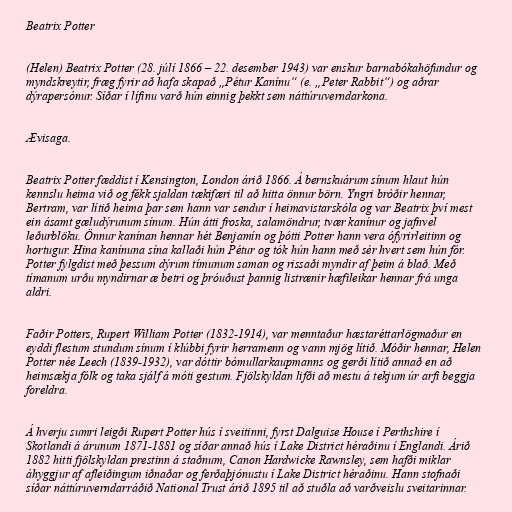
Beatrix Potter

(Helen) Beatrix Potter (28. júlí 1866 – 22. desember 1943) var enskur barnabókahöfundur og
myndskreytir, fræg fyrir að hafa skapað „Pétur Kanínu“ (e. „Peter Rabbit“) og aðrar
dýrapersónur. Síðar í lífinu varð hún einnig þekkt sem náttúruverndarkona.

Ævisaga.

Beatrix Potter fæddist í Kensington, London árið 1866. Á bernskuárum sínum hlaut hún
kennslu heima við og fékk sjaldan tækifæri til að hitta önnur börn. Yngri bróðir hennar,
Bertram, var lítið heima þar sem hann var sendur í heimavistarskóla og var Beatrix því mest
ein ásamt gæludýrunum sínum. Hún átti froska, salamöndrur, tvær kanínur og jafnvel
leðurblöku. Önnur kanínan hennar hét Benjamín og þótti Potter hann vera ófyrirleitinn og
hortugur. Hina kanínuna sína kallaði hún Pétur og tók hún hann með sér hvert sem hún fór.
Potter fylgdist með þessum dýrum tímunum saman og rissaði myndir af þeim á blað. Með
tímanum urðu myndirnar æ betri og þróuðust þannig listrænir hæfileikar hennar frá unga
aldri.

Faðir Potters, Rupert William Potter (1832-1914), var menntaður hæstaréttarlögmaður en
eyddi flestum stundum sínum í klúbbi fyrir herramenn og vann mjög lítið. Móðir hennar, Helen
Potter née Leech (1839-1932), var dóttir bómullarkaupmanns og gerði lítið annað en að
heimsækja fólk og taka sjálf á móti gestum. Fjölskyldan lifði að mestu á tekjum úr arfi beggja
foreldra.

Á hverju sumri leigði Rupert Potter hús í sveitinni, fyrst Dalguise House í Perthshire í
Skotlandi á árunum 1871-1881 og síðar annað hús í Lake District héraðinu í Englandi. Árið
1882 hitti fjölskyldan prestinn á staðnum, Canon Hardwicke Rawnsley, sem hafði miklar
áhyggjur af afleiðingum iðnaðar og ferðaþjónustu í Lake District héraðinu. Hann stofnaði
síðar náttúruverndarráðið National Trust árið 1895 til að stuðla að varðveislu sveitarinnar.